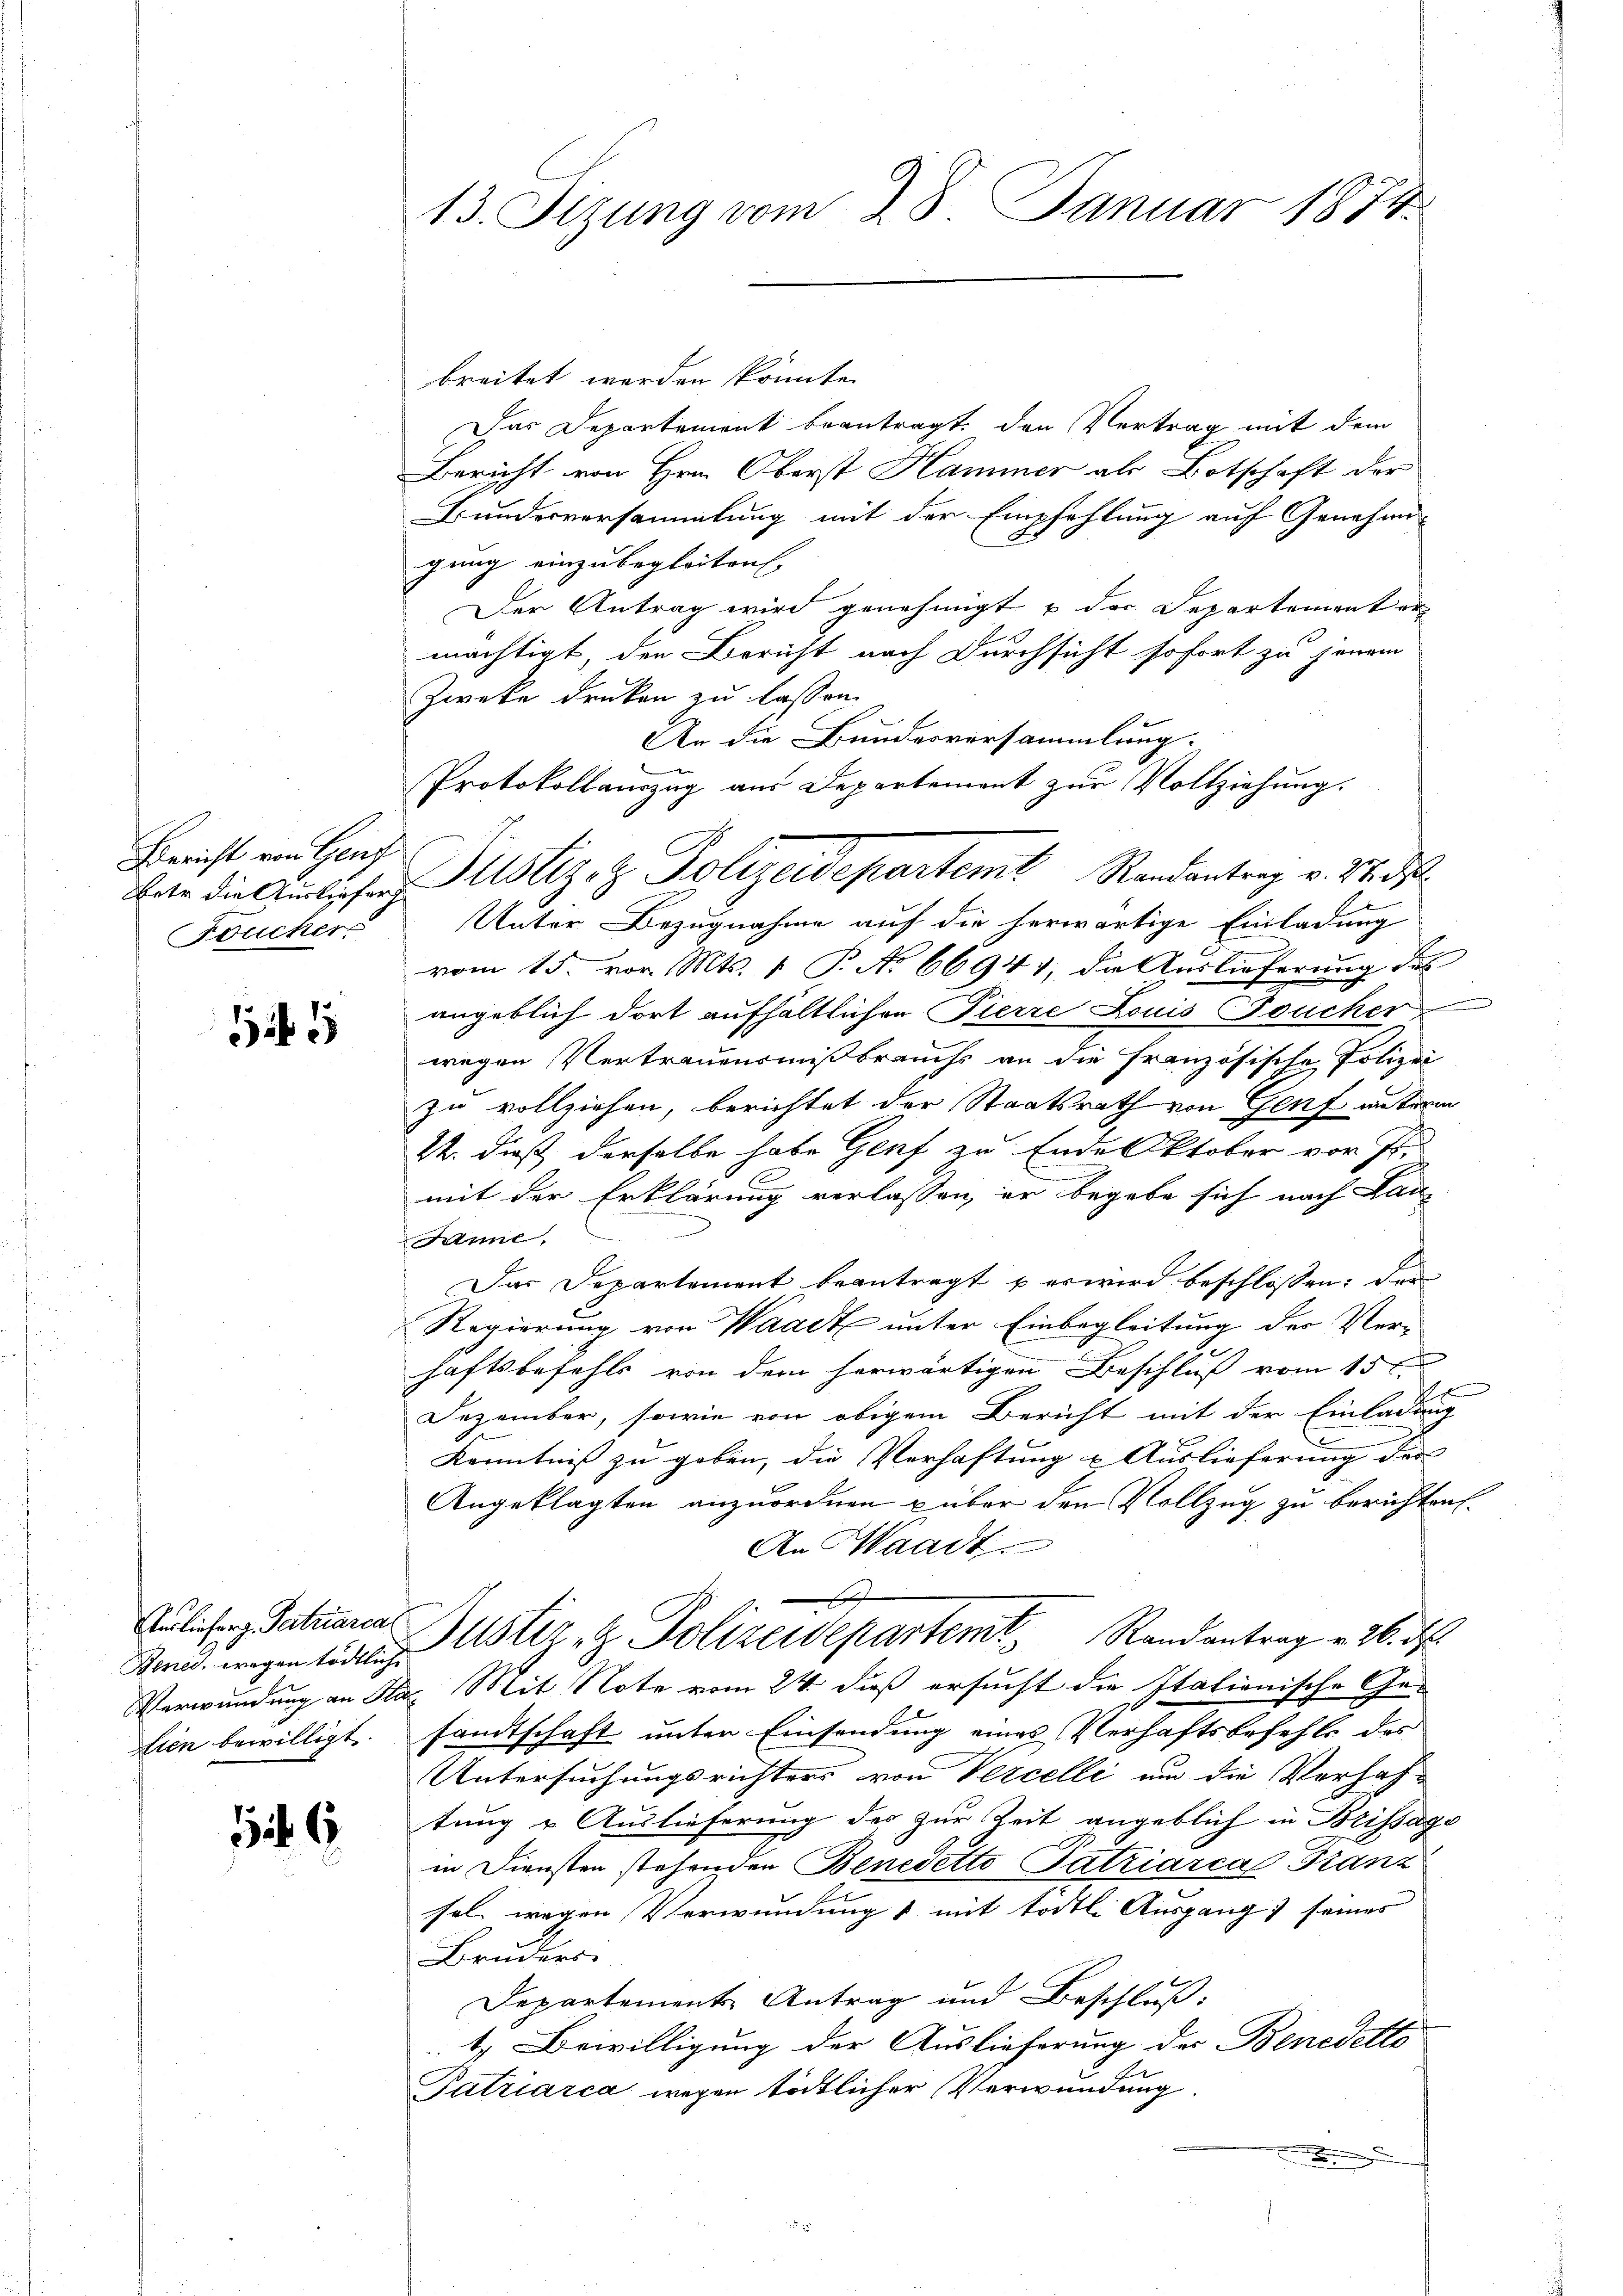
Bericht von Genf
Foucher

15

Bened, wegen tödtliche
Lien bewilligt.

G 6

13. Stzung vom 28. Januar 1874.

breitet werden könnte.
Das Departement beantragt, den Vertrag mit dem
Bericht von Hrn. Oberst Hammer als Botschaft der
Bundesversammlung mit der Empfehlung auf Genehmi-
gung einzubegleiten.
Der Antrag wird genehmigt u der Departement er
mächtigt, den Bericht nach Durchsicht sofort zu jenem
Zweke drucken zu lassen.
An die Bundesversammlung.
Protokollauszug aus Departement zur Vollziehung.
Unter Bezugnahme auf die herwärtige Einladung
vom 15. vor. Mts. 1 P. No 66941, die Auslieferung des
angeblich dort aufhältlichen Pierre Louis Foucker
wegen Vertrauensmißbrauchs an die französische Polizei
zu vollziehen, berichtet der Staatsrath von Genf unterm
½. dieß derselbe habe Genf zu Ende Oktober vor 7.
mit der Erklärung verlassen, er begebe sich nach Lau
Sinne.
Das Departement beantragt u erwird beschlossen: der
Regierung von Waadt unter Einbegleitung der Ver-
haftsbefehls von dem herwärtigen Beschluß vom 15 t.
Dezember, sowie von obigem Bericht mit der Einladung
Kenntniß zu geben, die Verhaftung u. Auslieferung der
Angeklagten anzuordnen u über den Vollzug zu berichten.
An Waadt.

Aulichen Satuaria Justiz- & Polizeidepartem Randantrag v. 26. d.
Verwundung an das Mit Note vom 24. daß ersucht die Italienische Ge-
sandtschaft unter Einsendung eines Verhaftsbefehle des
Untersuchungsrichters von Vercelle um die Verhaf-
tung & Auslieferung des zur Zeit angeblich in Brissago
in Diensten stehenden Benedetto Patriarca Franz
sel wegen Verwundung mit todtl. Ausgang seines
Bruders.
Departements Antrag und Beschluß:
1. Bewilligung der Auslieferung des Benedelt
Patriarca wegen tödtlicher Verwundung.

etr die Auslicher Mitstiz- & Polizeidepartem Randantrag v. Stadt